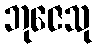
ဘုဇေသု